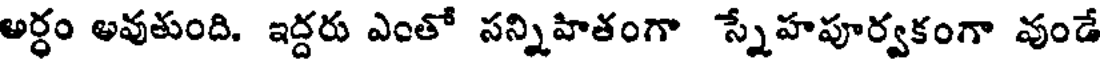
అర్ధం అవుతుంది. ఇద్దరు ఎంతో సన్నిహితంగా స్నేహపూర్వకంగా వుండే